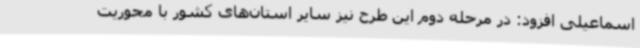
اسماعیلی افزود: در مرحله دوم این طرح نیز سایر استان‌های کشور با محوریت